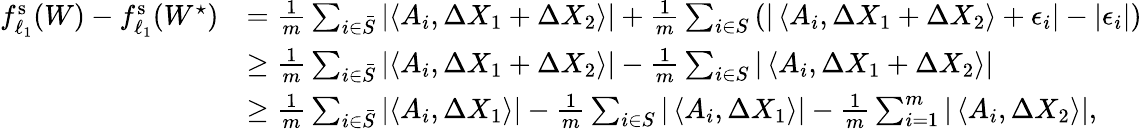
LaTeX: \begin{array}{rl}{f_{\ell_{1}}^{\mathrm{s}}(W)-f_{\ell_{1}}^{\mathrm{s}}(W^{\star})}&{=\frac{1}{m}\sum_{i\in\bar{S}}\left|\left\langle A_{i},\Delta X_{1}+\Delta X_{2}\right\rangle\right|+\frac{1}{m}\sum_{i\in S}\left(|\left\langle A_{i},\Delta X_{1}+\Delta X_{2}\right\rangle+\epsilon_{i}|-|\epsilon_{i}|\right)}\\ &{\geq\frac{1}{m}\sum_{i\in\bar{S}}\left|\left\langle A_{i},\Delta X_{1}+\Delta X_{2}\right\rangle\right|-\frac{1}{m}\sum_{i\in S}|\left\langle A_{i},\Delta X_{1}+\Delta X_{2}\right\rangle|}\\ &{\geq\frac{1}{m}\sum_{i\in\bar{S}}\left|\left\langle A_{i},\Delta X_{1}\right\rangle\right|-\frac{1}{m}\sum_{i\in S}|\left\langle A_{i},\Delta X_{1}\right\rangle|-\frac{1}{m}\sum_{i=1}^{m}|\left\langle A_{i},\Delta X_{2}\right\rangle|,}\end{array}